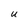
Character: U